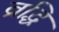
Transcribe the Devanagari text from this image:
व्रद्धि